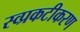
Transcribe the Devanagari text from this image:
स्व्प्रकटीकरण